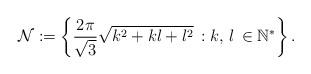
LaTeX: \begin{align*}\mathcal{N}:=\left\{ \frac{2\pi}{\sqrt{3}}\sqrt{k^{2}+kl+l^{2}}\,:k,\,l\,\in\mathbb{N}^{\ast}\right\} . \end{align*}